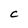
Character: c